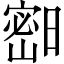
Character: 𱚓